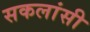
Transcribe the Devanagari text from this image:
सकलांसी